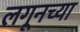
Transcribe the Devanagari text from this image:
लगूनच्या